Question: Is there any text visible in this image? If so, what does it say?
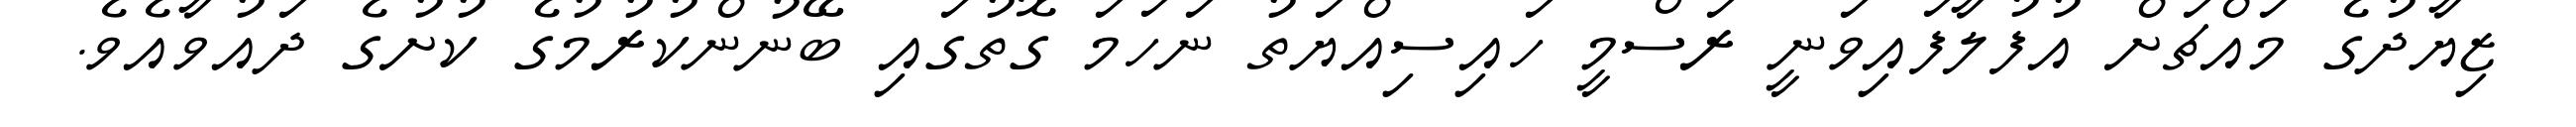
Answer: ޒިޔާދުގެ މައްޗަށް އުފުލާފައިވަނީ ރަސްމީ ހައިސިއްޔަތު ނަހަމަ ގޮތުގައި ބޭނުންކުރުމުގެ ކުށުގެ ދައުވާއެވެ.